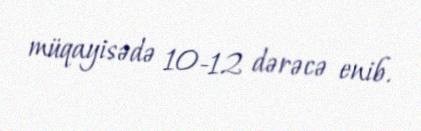
müqayisədə 10-12 dərəcə enib.